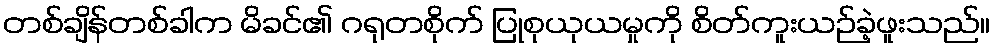
တစ်ချိန်တစ်ခါက မိခင်၏ ဂရုတစိုက် ပြုစုယုယမှုကို စိတ်ကူးယဉ်ခဲ့ဖူးသည်။